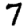
Digit: 7